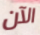
الآن